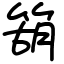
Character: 箶